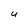
Character: U